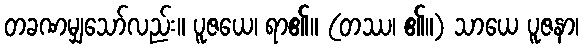
တခဏမျှသော်လည်း။ ပူဇယေ၊ ရာ၏။ (တဿ၊ ၏။) သာယေ ပူဇနာ၊